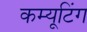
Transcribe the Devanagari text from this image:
कम्यूटिंग